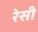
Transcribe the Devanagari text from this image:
रेसी